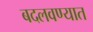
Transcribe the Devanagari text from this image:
बदलवण्यात